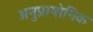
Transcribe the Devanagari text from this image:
अनुप्रायोगिक